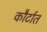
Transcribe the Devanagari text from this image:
कौर्टात